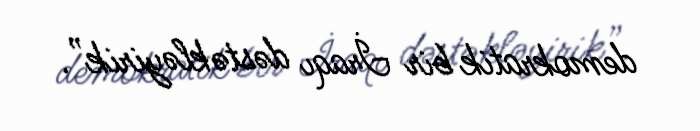
demokratik bir İraqı dəstəkləyirik”.